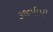
૩જીપીપી